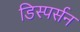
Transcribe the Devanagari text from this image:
डिस्पर्सन